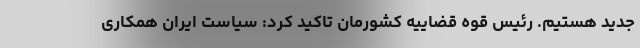
جدید هستیم. رئیس قوه قضاییه کشورمان تاکید کرد: سیاست ایران همکاری